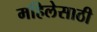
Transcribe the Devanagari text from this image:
महिलेसाठी